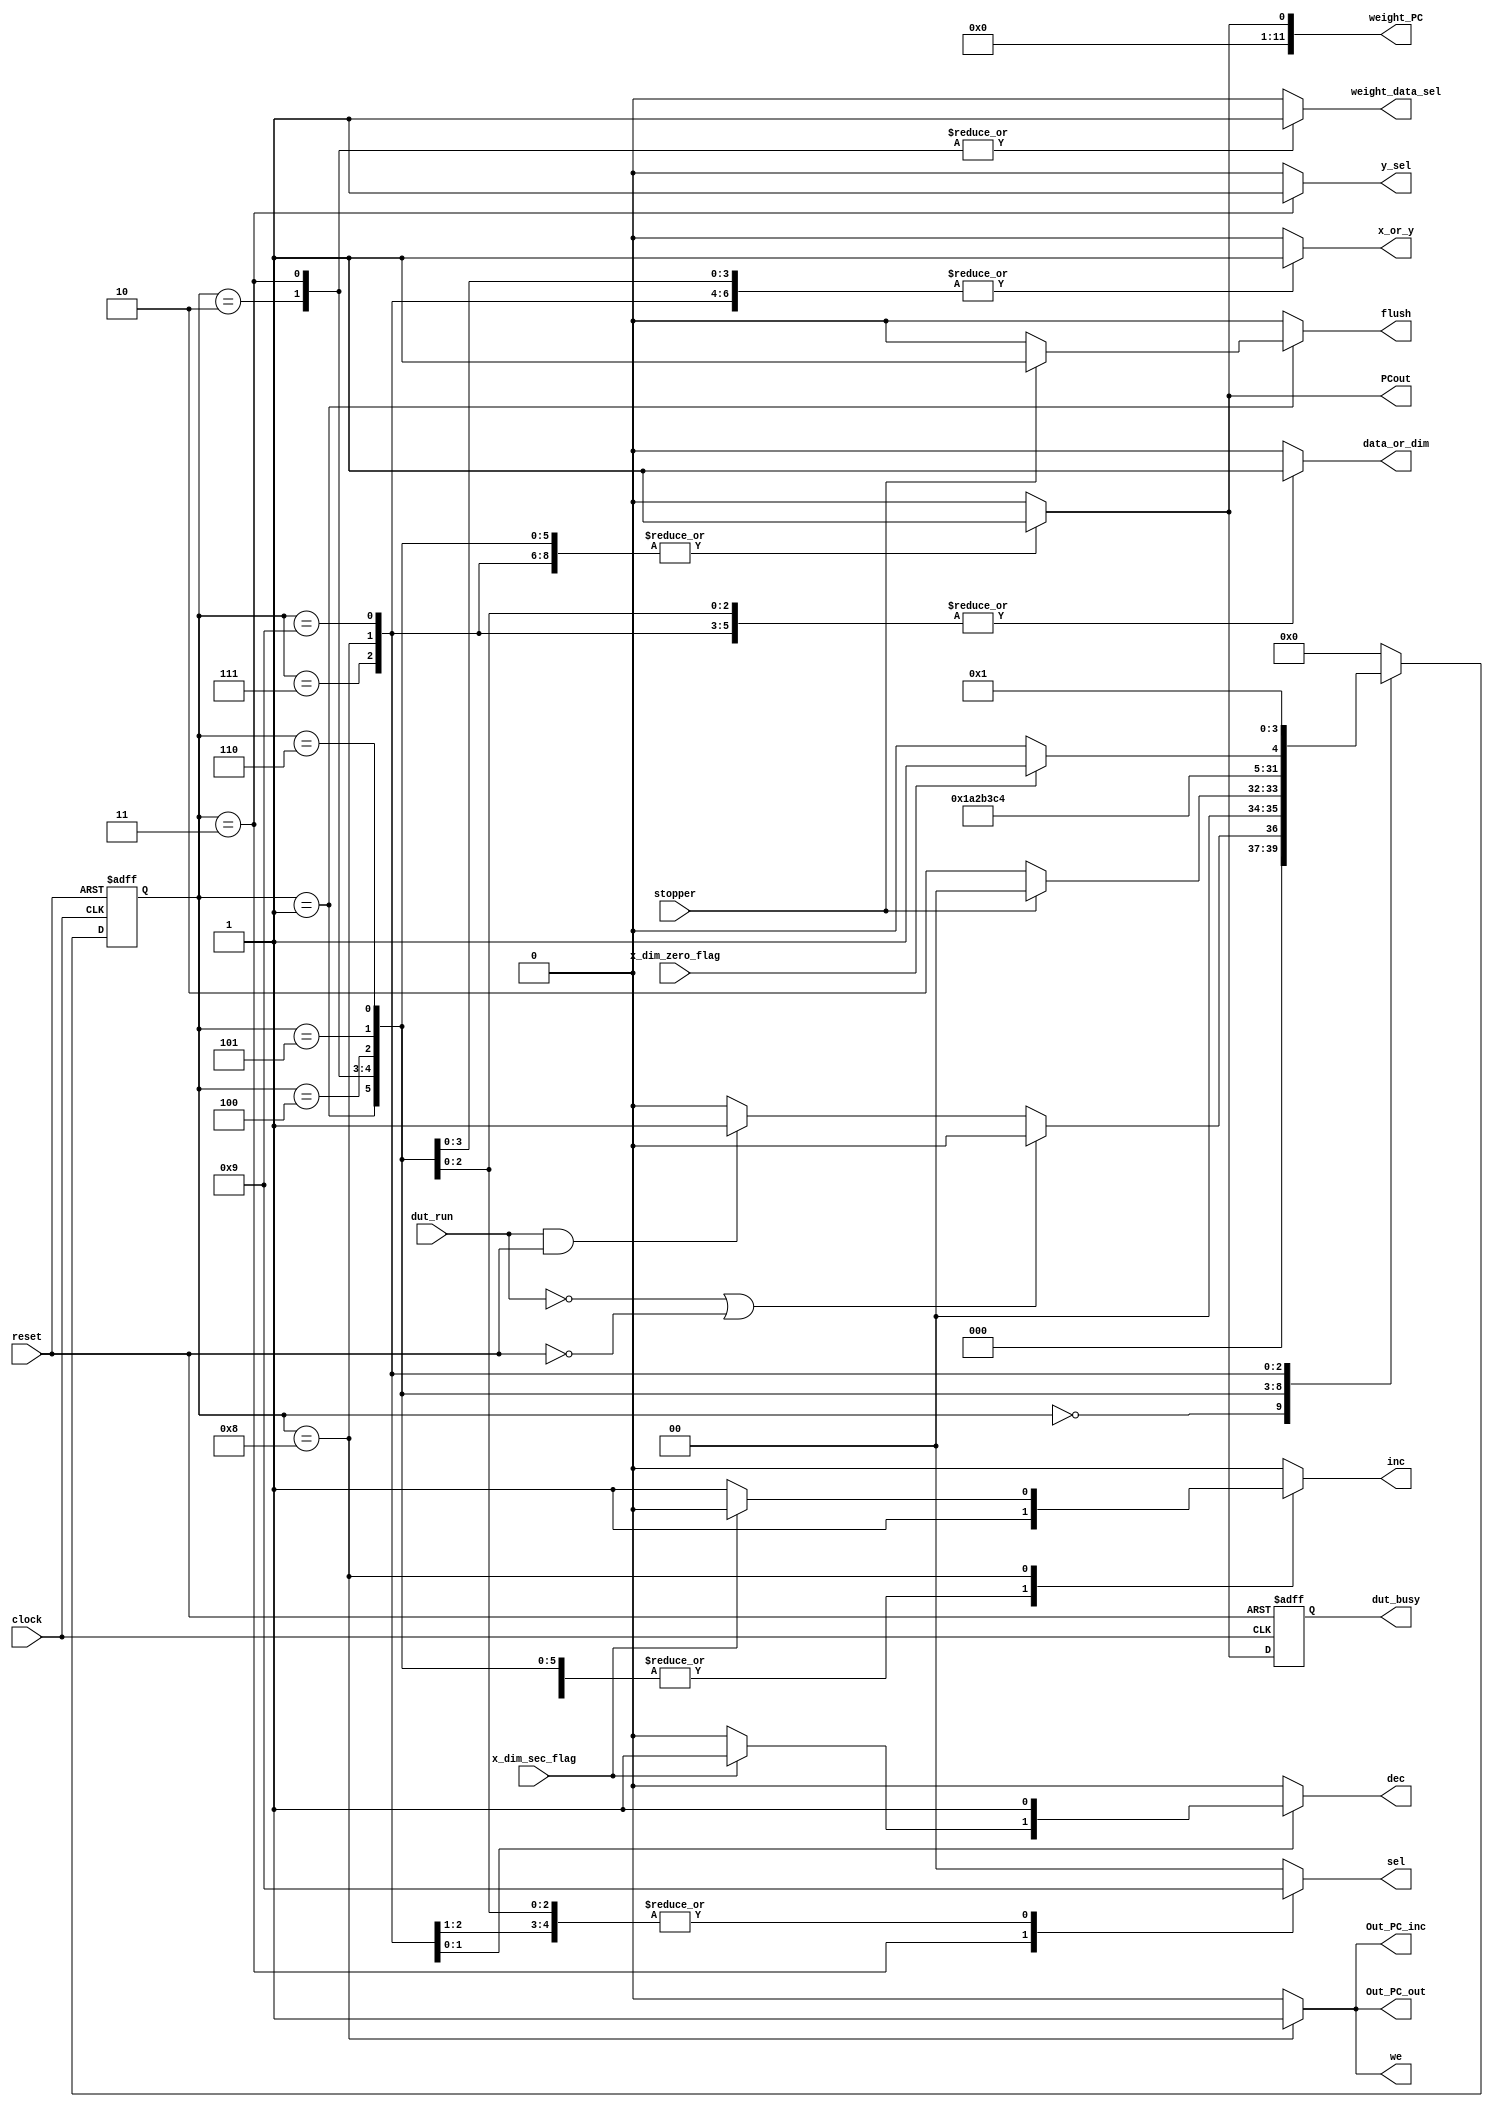
module controller (
    x_dim_zero_flag,
    x_dim_sec_flag,
    clock,reset,
    dut_run,
    stopper,
    inc,PCout,dec,
    data_or_dim,x_or_y,weight_data_sel,y_sel,
    sel,
    we,
    Out_PC_inc,Out_PC_out,
    weight_PC,
    dut_busy,
    flush
);
    input x_dim_zero_flag;
    input x_dim_sec_flag;
    input clock,reset;
    input dut_run;
    input stopper;

    output inc,PCout,dec;
    output data_or_dim,x_or_y,weight_data_sel,y_sel;
    output[1:0] sel;
    output we;
    output Out_PC_inc,Out_PC_out;
    output[11:0] weight_PC;
    output dut_busy;
    output flush;

     parameter [3:0]
        S0 = 4'b0000,
        S1 = 4'b0001,
        S2 = 4'b0010,
        S3 = 4'b0011,
        S4 = 4'b0100,
        S5 = 4'b0101,
        S6 = 4'b0110,
        S7 = 4'b0111,
        S8 = 4'b1000,
        S9 = 4'b1001,
        S10 = 4'b1010,
        S11 = 4'b1011,
        S12 = 4'b1100,
        S13 = 4'b1101,
        S14 = 4'b1110,
        S15 = 4'b1111;

    reg [3:0] current_state, next_state;

    reg inc,PCout,dec;
    reg data_or_dim,x_or_y,weight_data_sel,y_sel;
    reg[1:0] sel;
    reg we;
    reg Out_PC_inc,Out_PC_out;
    reg[11:0] weight_PC;
    reg dut_busy;
    reg flush;
    reg dut_busy_wire;

    always @(posedge clock or negedge reset) begin
        if(!reset)begin
            current_state <= S0;
            dut_busy <= 1'b0;
        end
        else begin
            current_state <= next_state;
            dut_busy <= dut_busy_wire;
        end
    end

    always @(*) begin
        inc = 0;
        PCout = 0;
        dec = 0;
        data_or_dim = 0;
        x_or_y = 0;
        weight_data_sel = 0;
        y_sel = 0;
        sel = 0;
        we = 0;
        Out_PC_inc = 0;
        Out_PC_out = 0;
        weight_PC = 0;
        dut_busy_wire = 0;
        flush = 0;
        next_state = S0;

        case (current_state)
            S0: begin
                inc = 0;
                PCout = 0;
                dec = 0;
                data_or_dim = 0;
                x_or_y = 0;
                weight_data_sel = 0;
                y_sel = 0;
                sel = 0;
                we = 0;
                Out_PC_inc = 0;
                Out_PC_out = 0;
                weight_PC = 0;
                dut_busy_wire = 0;

                if(dut_run == 1'b0 || reset == 1'b0) begin
                    next_state = S0;
                end
                else if(dut_run == 1'b1 && reset == 1'b1) begin
                   // flush_PC = 1;
                    next_state = S1;
                end
            end 

            S1: begin
                inc = 1;
                PCout = 1;
                dec = 0;
                data_or_dim = 0;
                x_or_y = 0;
                weight_data_sel = 0;
                y_sel = 0;
                sel = 0;
                we = 0;
                Out_PC_inc = 0;
                Out_PC_out = 0;
                weight_PC = 12'b000000000001;
                dut_busy_wire = 1;

                if(stopper == 1'b1) begin
                    next_state = S0;
                    flush = 1'b1;
                end
                else begin
                    next_state = S2;
                end
                
            end

            S2: begin
                inc = 1;
                PCout = 1;
                dec = 0;
                data_or_dim = 0;
                x_or_y = 0;
                weight_data_sel = 1;
                y_sel = 0;
                sel = 0;
                we = 0;
                Out_PC_inc = 0;
                Out_PC_out = 0;
                weight_PC = 12'b000000000001;
                dut_busy_wire = 1;

                next_state = S3;
            end

            S3:begin
                inc = 1;
                PCout = 1;
                dec = 0;
                data_or_dim = 0;
                x_or_y = 1;
                weight_data_sel = 1;
                y_sel = 1;
                sel = 2'b10;
                we = 0;
                Out_PC_inc = 0;
                Out_PC_out = 0;
                weight_PC = 12'b000000000001;
                dut_busy_wire = 1;

                next_state = S4;
            end

            S4:begin
                inc = 1;
                PCout = 1;
                dec = 0;
                data_or_dim = 1;
                x_or_y = 1;
                weight_data_sel = 0;
                y_sel = 0;
                sel = 2'b01;
                we = 0;
                Out_PC_inc = 0;
                Out_PC_out = 0;
                weight_PC = 12'b000000000001;
                dut_busy_wire = 1;

                next_state = S5;
            end

            S5:begin
                inc = 1;
                PCout = 1;
                dec = 0;
                data_or_dim = 1;
                x_or_y = 1;
                weight_data_sel = 0;
                y_sel = 0;
                sel = 1;
                we = 0;
                Out_PC_inc = 0;
                Out_PC_out = 0;
                weight_PC = 12'b000000000001;
                dut_busy_wire = 1;

                next_state = S6;
            end

            S6:begin
                inc = 1;
                PCout = 1;
                dec = 0;
                data_or_dim = 1;
                x_or_y = 1;
                weight_data_sel = 0;
                y_sel = 0;
                sel = 1;
                we = 0;
                Out_PC_inc = 0;
                Out_PC_out = 0;
                weight_PC = 12'b000000000001;
                dut_busy_wire = 1;

                next_state = S7;
            end

            S7:begin
                inc = 1;
                PCout = 1;
                dec = 0;
                data_or_dim = 1;
                x_or_y = 1;
                weight_data_sel = 0;
                y_sel = 0;
                sel = 1;
                we = 0;
                Out_PC_inc = 0;
                Out_PC_out = 0;
                weight_PC = 12'b000000000001;
                dut_busy_wire = 1;

                next_state = S8;
            end

            S8:begin

                if(x_dim_sec_flag == 1'b0) begin
                    inc = 1; 
                    dec = 0;   
                end
                else begin
                    inc = 0;
                    dec = 1;
                end
                
                PCout = 1;
                data_or_dim = 1;
                x_or_y = 1;
                weight_data_sel = 0;
                y_sel = 0;
                sel = 1;
                we = 1;
                Out_PC_inc = 1;
                Out_PC_out = 1;
                weight_PC = 12'b000000000001;
                dut_busy_wire = 1;

                if(!x_dim_zero_flag) begin
                    next_state = S8;
                end
                else begin
                    next_state = S9;
                end
            end

            S9:begin
                inc = 0;
                PCout = 1;
                dec = 1;
                data_or_dim = 1;
                x_or_y = 1;
                weight_data_sel = 0;
                y_sel = 0;
                sel = 0;
                we = 0;
                Out_PC_inc = 0;
                Out_PC_out = 0;
                weight_PC = 12'b000000000001;
                dut_busy_wire = 1;

                next_state = S1;
            end

        endcase

    end
endmodule